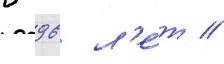
в 96 л'е́т //